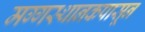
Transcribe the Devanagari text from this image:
मग्गस्थानकपासून